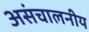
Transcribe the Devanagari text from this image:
असंचालनीय